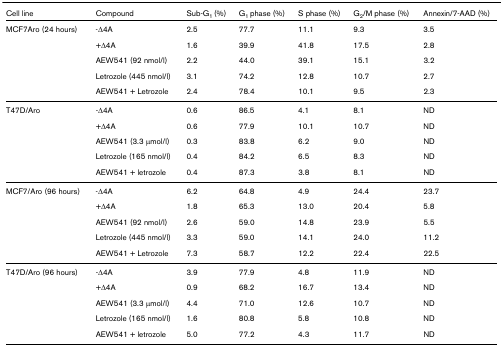
| Cell line | Compound | Sub-G1 (%) | G1 phase (%) | S phase (%) | G2/M phase (%) | Annexin/7-AAD (%) |
 | --- | --- | --- | --- | --- | --- | --- |
 | MCF7Aro (24 hours) | -Δ4A | 2.5 | 77.7 | 11.1 | 9.3 | 3.5 |
 |  | +Δ4A | 1.6 | 39.9 | 41.8 | 17.5 | 2.8 |
 |  | AEW541 (92 nmol/l) | 2.2 | 44.0 | 39.1 | 15.1 | 3.2 |
 |  | Letrozole (445 nmol/l) | 3.1 | 74.2 | 12.8 | 10.7 | 2.7 |
 |  | AEW541 + Letrozole | 2.4 | 78.4 | 10.1 | 9.5 | 2.3 |
 | T47D/Aro | -Δ4A | 0.6 | 86.5 | 4.1 | 8.1 | ND |
 |  | +Δ4A | 0.6 | 77.9 | 10.1 | 10.7 | ND |
 |  | AEW541 (3.3 μmol/l) | 0.3 | 83.8 | 6.2 | 9.0 | ND |
 |  | Letrozole (165 nmol/l) | 0.4 | 84.2 | 6.5 | 8.3 | ND |
 |  | AEW541 + letrozole | 0.4 | 87.3 | 3.8 | 8.1 | ND |
 | MCF7/Aro (96 hours) | -Δ4A | 6.2 | 64.8 | 4.9 | 24.4 | 23.7 |
 |  | +Δ4A | 1.8 | 65.3 | 13.0 | 20.4 | 5.8 |
 |  | AEW541 (92 nmol/l) | 2.6 | 59.0 | 14.8 | 23.9 | 5.5 |
 |  | Letrozole (445 nmol/l) | 3.3 | 59.0 | 14.1 | 24.0 | 11.2 |
 |  | AEW541 + Letrozole | 7.3 | 58.7 | 12.2 | 22.4 | 22.5 |
 | T47D/Aro (96 hours) | -Δ4A | 3.9 | 77.9 | 4.8 | 11.9 | ND |
 |  | +Δ4A | 0.9 | 68.2 | 16.7 | 13.4 | ND |
 |  | AEW541 (3.3 μmol/l) | 4.4 | 71.0 | 12.6 | 10.7 | ND |
 |  | Letrozole (165 nmol/l) | 1.6 | 80.8 | 5.8 | 10.8 | ND |
 |  | AEW541 + letrozole | 5.0 | 77.2 | 4.3 | 11.7 | ND |